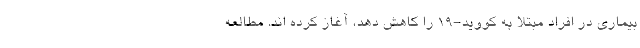
بیماری در افراد مبتلا به کووید-19 را کاهش دهد، آغاز کرده اند. مطالعه